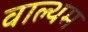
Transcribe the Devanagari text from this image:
वाल्थम